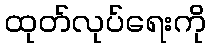
ထုတ်လုပ်ရေးကို